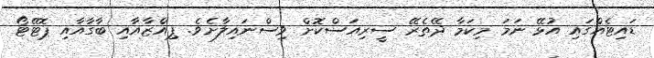
ޑައިޓެއްގައި އުޅޭ ނަމަ މިކަމާ ދޭތެރޭ ސީރިއަސްކޮށް ވިސްނައިލާށެވެ. ޕިއްޒާއާއި ބާގާއާއި ޕޮޓޭޓޯ